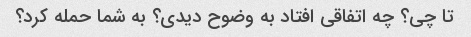
تا چی؟ چه اتفاقی افتاد به وضوح دیدی؟ به شما حمله کرد؟